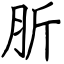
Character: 肵